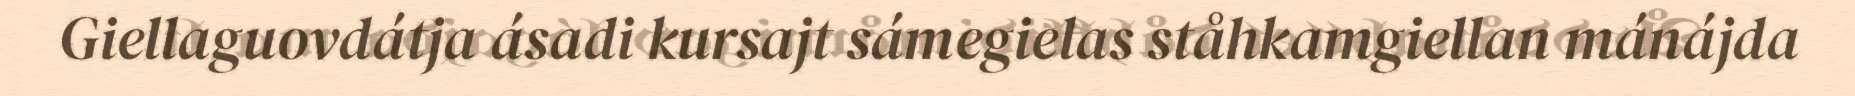
Giellaguovdátja ásadi kursajt sámegielas ståhkamgiellan mánájda